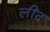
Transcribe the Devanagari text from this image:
लींद